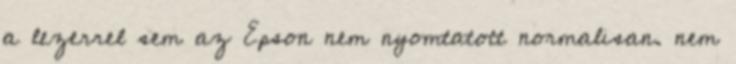
a lezerrel sem az Epson nem nyomtatott normalisan. nem